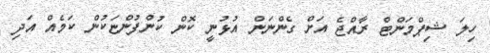
ހިލަ ޝިޕްމަންޓް ރާއްޖެ އަށް ގެންނަން އުޅުނީ ކޮން ކުންފުންޏަކުން ކަމެއް އަދި